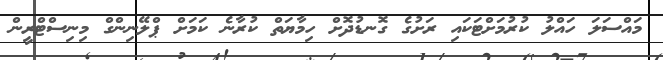
މައްސަލަ ހައްލު ކުރުމަށްޓަކައި ރަށުގެ ގޮނޑުދޮށް ހިމާޔަތް ކުރާނެ ކަމަށް ޕްލޭނިންގް މިނިސްޓްރީން